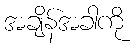
အချိန်အခါကို